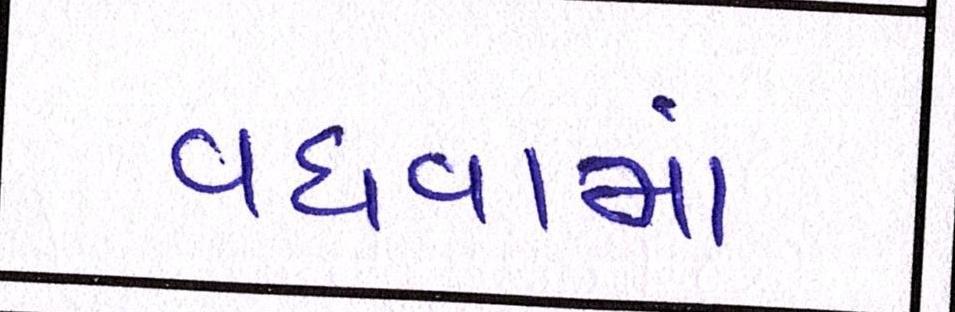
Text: વધવામાં